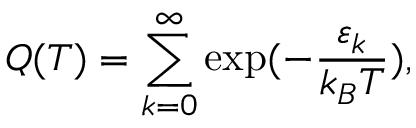
Q ( T ) = \sum _ { k = 0 } ^ { \infty } \exp ( - \frac { \varepsilon _ { k } } { k _ { B } T } ) ,